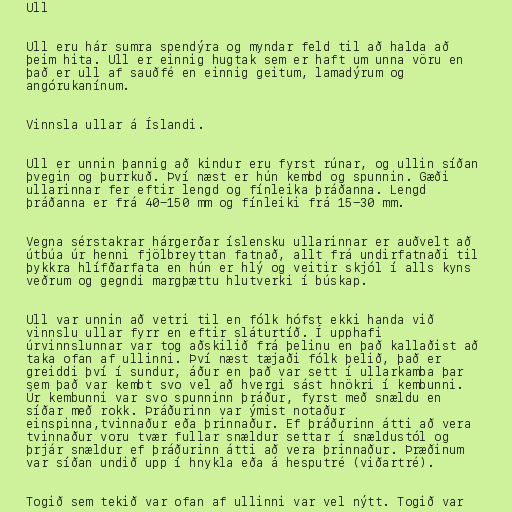
Ull

Ull eru hár sumra spendýra og myndar feld til að halda að
þeim hita. Ull er einnig hugtak sem er haft um unna vöru en
það er ull af sauðfé en einnig geitum, lamadýrum og
angórukanínum.

Vinnsla ullar á Íslandi.

Ull er unnin þannig að kindur eru fyrst rúnar, og ullin síðan
þvegin og þurrkuð. Því næst er hún kembd og spunnin. Gæði
ullarinnar fer eftir lengd og fínleika þráðanna. Lengd
þráðanna er frá 40-150 mm og fínleiki frá 15-30 mm.

Vegna sérstakrar hárgerðar íslensku ullarinnar er auðvelt að
útbúa úr henni fjölbreyttan fatnað, allt frá undirfatnaði til
þykkra hlífðarfata en hún er hlý og veitir skjól í alls kyns
veðrum og gegndi margþættu hlutverki í búskap.

Ull var unnin að vetri til en fólk hófst ekki handa við
vinnslu ullar fyrr en eftir sláturtíð. Í upphafi
úrvinnslunnar var tog aðskilið frá þelinu en það kallaðist að
taka ofan af ullinni. Því næst tæjaði fólk þelið, það er
greiddi því í sundur, áður en það var sett í ullarkamba þar
sem það var kembt svo vel að hvergi sást hnökri í kembunni.
Úr kembunni var svo spunninn þráður, fyrst með snældu en
síðar með rokk. Þráðurinn var ýmist notaður
einspinna,tvinnaður eða þrinnaður. Ef þráðurinn átti að vera
tvinnaður voru tvær fullar snældur settar í snældustól og
þrjár snældur ef þráðurinn átti að vera þrinnaður. Þræðinum
var síðan undið upp í hnykla eða á hesputré (viðartré).

Togið sem tekið var ofan af ullinni var vel nýtt. Togið var